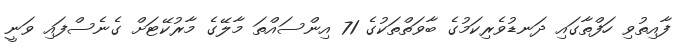
ފާއިތުވި ހަފްތާގައި ދަނޑުވެރިކަމުގެ ބާވަތްތަކުގެ 71 އިންސައްތަ މާލޭގެ މާރުކޭޓަށް ގެނެސްފައި ވަނީ